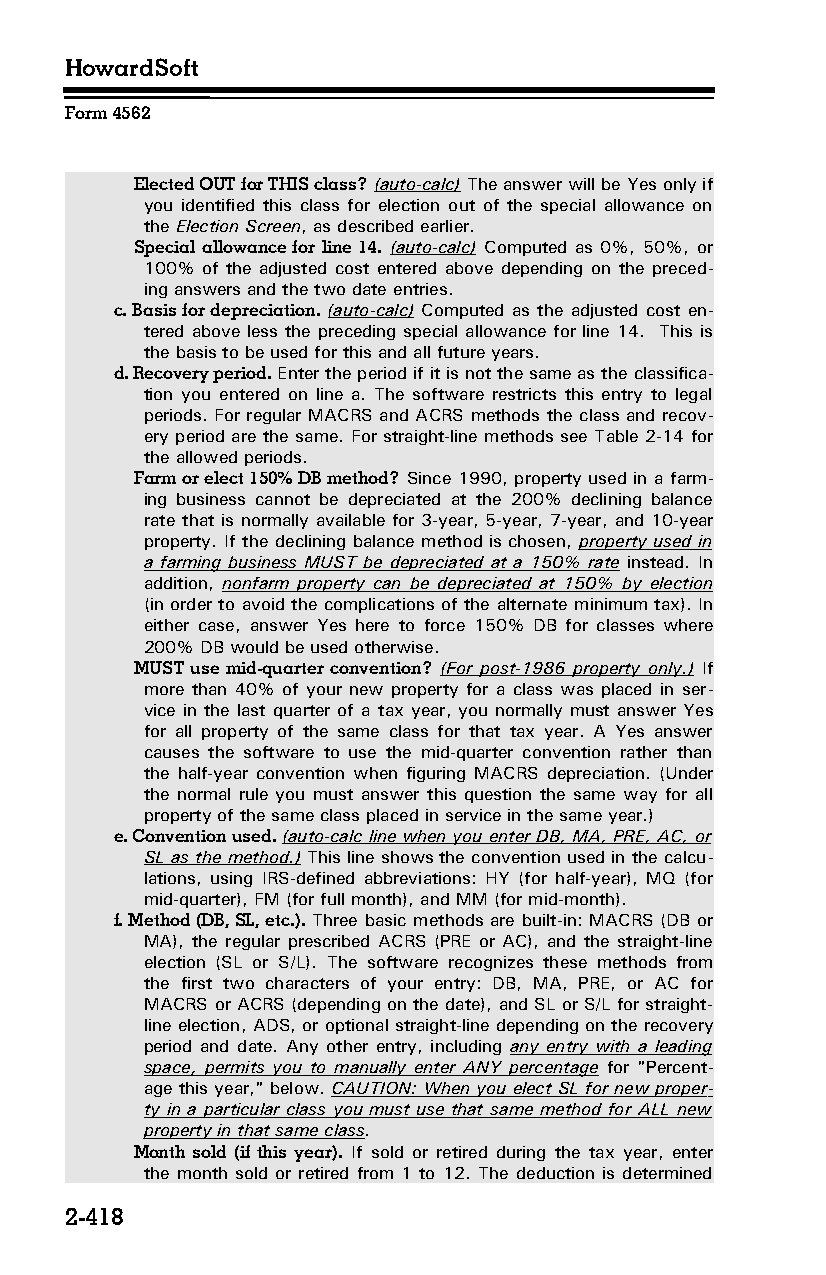
HowardSoft
 Form 4562
 Elected OUT for THIS class? (auto-calc) The answer will be Yes only if
 you identified this class for election out of the special allowance on
 the Election Screen, as described earlier.
 Special allowance for line 14. (auto-calc) Computed as 0%, 50%, or
 100% of the adjusted cost entered above depending on the preced­
 ing answers and the two date entries.
 c. Basis for depreciation. (auto-calc) Computed as the adjusted cost en­
 tered above less the preceding special allowance for line 14. This is
 the basis to be used for this and all future years.
 d. Recovery period. Enter the period if it is not the same as the classifica­
 tion you entered on line a. The software restricts this entry to legal
 periods. For regular MACRS and ACRS methods the class and recov­
 ery period are the same. For straight-line methods see Table 2-14 for
 the allowed periods.
 Farm or elect 150% DB method? Since 1990, property used in a farm­
 ing business cannot be depreciated at the 200% declining balance
 rate that is normally available for 3-year, 5-year, 7-year, and 10-year
 property. If the declining balance method is chosen, property used in
 a farming business MUST be depreciated at a 150% rate instead. In
 addition, nonfarm property can be depreciated at 150% by election
 (in order to avoid the complications of the alternate minimum tax). In
 either case, answer Yes here to force 150% DB for classes where
 200% DB would be used otherwise.
 MUST use mid-quarter convention? (For post-1986 property only.) If
 more than 40% of your new property for a class was placed in ser­
 vice in the last quarter of a tax year, you normally must answer Yes
 for all property of the same class for that tax year. A Yes answer
 causes the software to use the mid-quarter convention rather than
 the half-year convention when figuring MACRS depreciation. (Under
 the normal rule you must answer this question the same way for all
 property of the same class placed in service in the same year.)
 e. Convention used. (auto-calc line when you enter DB, MA, PRE, AC, or
 SL as the method.) This line shows the convention used in the calcu­
 lations, using IRS-defined abbreviations: HY (for half-year), MQ (for
 mid-quarter), FM (for full month), and MM (for mid-month).
 f. Method (DB, SL, etc.). Three basic methods are built-in: MACRS (DB or
 MA), the regular prescribed ACRS (PRE or AC), and the straight-line
 election (SL or S/L). The software recognizes these methods from
 the first two characters of your entry: DB, MA, PRE, or AC for
 MACRS or ACRS (depending on the date), and SL or S/L for straight-
 line election, ADS, or optional straight-line depending on the recovery
 period and date. Any other entry, including any entry with a leading
 space, permits you to manually enter ANY percentage for "Percent­
 age this year," below. CAUTION: When you elect SL for new proper­
 ty in a particular class you must use that same method for ALL new
 property in that same class.
 Month sold (if this year). If sold or retired during the tax year, enter
 the month sold or retired from 1 to 12. The deduction is determined
 2-418